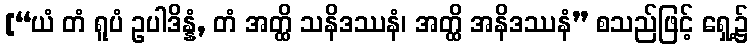
[“ယံ တံ ရူပံ ဥပါဒိန္နံ, တံ အတ္ထိ သနိဒဿနံ၊ အတ္ထိ အနိဒဿနံ” စသည်ဖြင့် ရှေ့၌